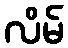
လိမ်